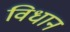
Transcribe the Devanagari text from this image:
विधान